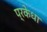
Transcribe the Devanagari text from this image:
प्रकेधा